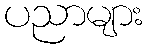
ပညာများ